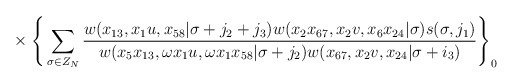
\begin{align*}{}~~~~~~~~~~~~~\times \Bigg\{\sum_{\sigma\in Z_N}\frac{w(x_{13},x_1u,x_{58}|\sigma+j_2+j_3)w(x_2x_{67},x_2v,x_6x_{24}|\sigma)s(\sigma,j_1)}{w(x_5x_{13},\omega x_1u,\omega x_1x_{58}|\sigma+j_2)w(x_{67},x_2v,x_{24}|\sigma+i_3)}\Bigg\}_0 ~~\end{align*}